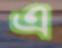
এ